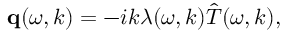
\begin{array} { r } { \mathbf q ( \omega , k ) = - i k \lambda ( \omega , k ) \hat { T } ( \omega , k ) , } \end{array}